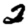
Digit: 2